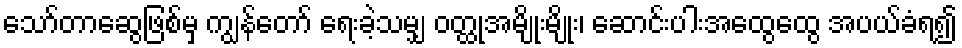
သော်တာဆွေဖြစ်မှ ကျွန်တော် ရေးခဲ့သမျှ ဝတ္ထုအမျိုးမျိုး၊ ဆောင်းပါးအထွေထွေ အပယ်ခံရ၍